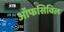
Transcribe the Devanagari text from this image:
ऑफसिविल